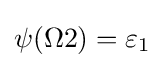
\psi (\Omega 2)=\varepsilon _{1}